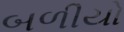
બળીયો